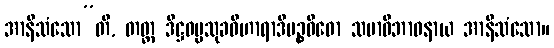
အာနိသံသော”တိ, တတ္ထ ဒိဋ္ဌဓမ္မသုခဝိဟာရာဒိပဉ္စဝိဓော သမာဓိဘာဝနာယ အာနိသံသော။